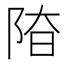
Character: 𨹞